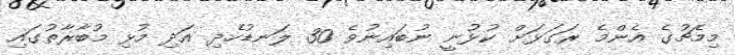
މިމެޗުގެ އެންމެ ރަގަޅަށް ކުޅުނީ ނުބައިނުވެ 30 ލަނޑުހެދި އަދި މުޅި މުބާރާތުގައި